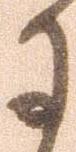
に